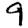
Digit: 9